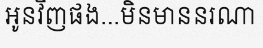
អូនវិញផង...មិនមាននរណា